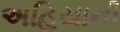
અહિયાની